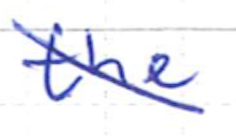
Text: the
Cross-out: diagonal
Writing tool: ballpoint